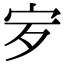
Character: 𡧒